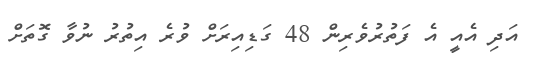
އަދި އެއީ އެ ފަތުރުވެރިން 48 ގަޑިއިރަށް ވުރެ އިތުރު ނުވާ ގޮތަށް